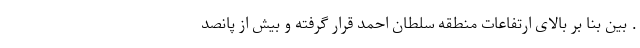
. بین بنا بر بالای ارتفاعات منطقه سلطان احمد قرار گرفته و بیش از پانصد